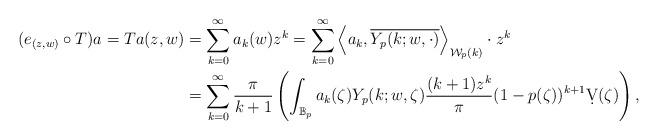
LaTeX: \begin{align*}(e_{(z,w)}\circ T)a = Ta(z,w) &= \sum_{k=0}^{\infty} a_k(w)z^k = \sum_{k=0}^{\infty} \left\langle a_k, \overline{Y_p(k;w,\cdot)}\right\rangle_{\mathcal{W}_p(k)}\cdot z^k \\ &= \sum_{k=0}^{\infty} \frac{\pi}{k+1} \left(\int_{\mathbb{B}_p} a_k(\zeta)Y_p(k;w,\zeta)\frac{(k+1)z^{k}}{\pi}(1-p(\zeta))^{k+1}\d V(\zeta)\right) , \end{align*}